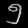
Digit: ၅